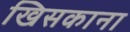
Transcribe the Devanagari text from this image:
खिसकाना